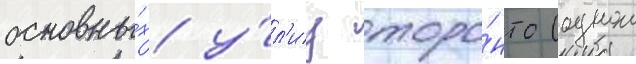
основны́х у́л'иц торо́нто (однои